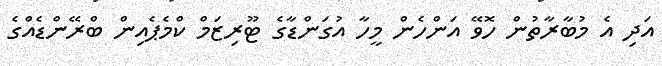
އަދި އެ މުބާރާތުން ހޮވޭ އަންހެން މީހާ އުގަންޑާގެ ޓޫރިޒަމް ކްމެޕެއިން ބްރޭންޑެއްގެ